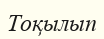
Тоқылып